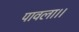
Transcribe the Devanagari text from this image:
पावला।।